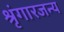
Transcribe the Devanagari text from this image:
श्रृंगारजन्य